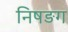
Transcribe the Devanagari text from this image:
निषङग